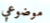
موضوعي